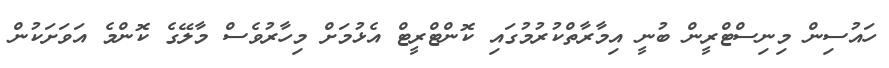
ހައުސިން މިނިސްޓްރީން ބުނީ އިމާރާތްކުރުމުގައި ކޮންޓްރީޓް އެޅުމަށް މިހާރުވެސް މާލޭގެ ކޮންމެ އަވަށަކުން